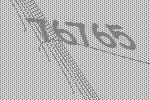
76765